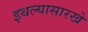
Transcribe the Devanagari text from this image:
इथल्यासारखे